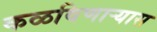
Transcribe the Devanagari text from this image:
कळविणार्‍यास